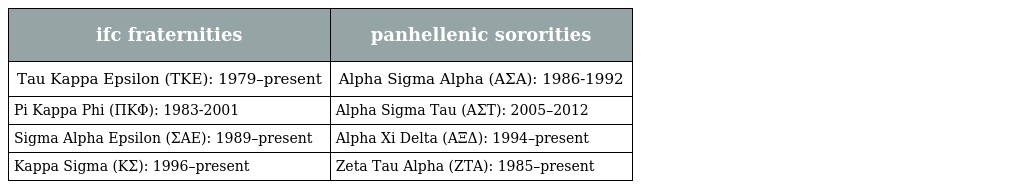
| ifc fraternities | panhellenic sororities |
 | --- | --- |
 | Tau Kappa Epsilon (ΤΚΕ): 1979–present | Alpha Sigma Alpha (ΑΣΑ): 1986-1992 |
 | Pi Kappa Phi (ΠΚΦ): 1983-2001 | Alpha Sigma Tau (ΑΣΤ): 2005–2012 |
 | Sigma Alpha Epsilon (ΣΑΕ): 1989–present | Alpha Xi Delta (ΑΞΔ): 1994–present |
 | Kappa Sigma (ΚΣ): 1996–present | Zeta Tau Alpha (ΖΤΑ): 1985–present |